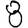
Digit: 8